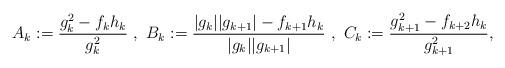
LaTeX: \begin{align*} A_k := \frac{g_k^2-f_kh_k}{g_k^2} \ , \ B_k := \frac{|g_k| |g_{k+1}|-f_{k+1}h_k}{|g_k| |g_{k+1}|} \ , \ C_k := \frac{g_{k+1}^2-f_{k+2}h_k}{g_{k+1}^2},\end{align*}